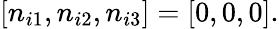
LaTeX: [n_{i1},n_{i2},n_{i3}]=[0,0,0].